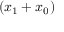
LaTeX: ( x _ { 1 } + x _ { 0 } )